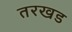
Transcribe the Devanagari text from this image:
तरखड